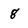
Character: g